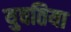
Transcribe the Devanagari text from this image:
युवतिया